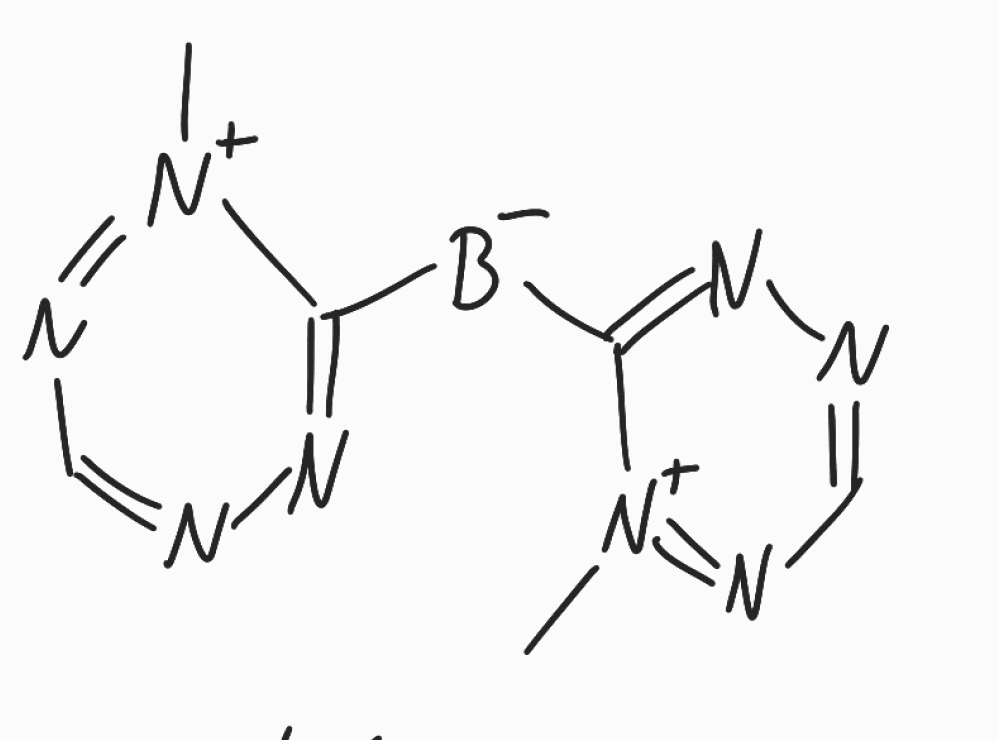
Simplified molecular-input line-entry system (SMILES) notation of the given molecule:
[B-](C1=NN=CN=[N+]1C)C2=NN=CN=[N+]2C